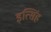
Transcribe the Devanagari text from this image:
इत्सिंह